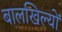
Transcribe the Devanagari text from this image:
बालखिल्यों